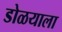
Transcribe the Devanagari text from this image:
डोळयाला